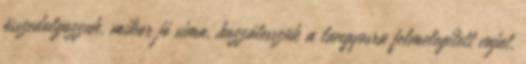
összedolgozzuk, mikor jó sima, hozzátesszük a langyosra felmelegített vajat,